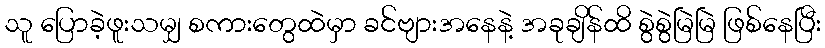
သူ ပြောခဲ့ဖူးသမျှ စကားတွေထဲမှာ ခင်ဗျားအနေနဲ့ အခုချိန်ထိ စွဲစွဲမြဲမြဲ ဖြစ်နေပြီး